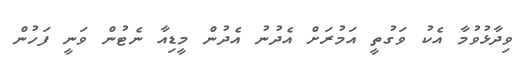
ވިދާޅުވުމާ އެކު ވަގުތީ އަމުރަށް އެދުނު އެދުން މީޑިއާ ނެޓުން ވަނީ ފަހުން